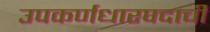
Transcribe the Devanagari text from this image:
उपकर्णधारपदाची